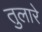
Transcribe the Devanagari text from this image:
तुलारे